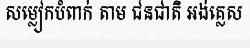
សម្លៀកបំពាក់ តាម ជនជាតិ អង់គ្លេស